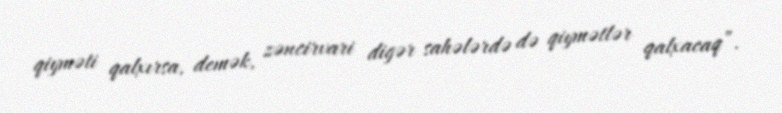
qiyməti qalxırsa, demək, zəncirvari digər sahələrdə də qiymətlər qalxacaq”.